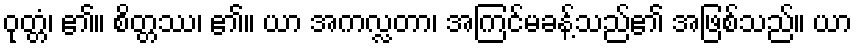
ဝုတ္တံ၊ ၏။ စိတ္တဿ၊ ၏။ ယာ အကလ္လတာ၊ အကြင်မခန့်သည်၏ အဖြစ်သည်။ ယာ